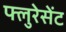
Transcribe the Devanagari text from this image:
फ्लुरेसेंट